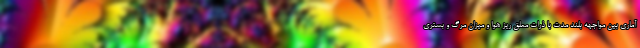
آماری بین مواجهه بلند مدت با ذرات معلق ریز هوا و میزان مرگ و بستری